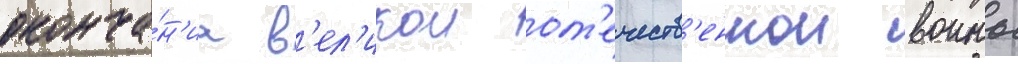
оконча́н'иа в'ел'икои от'ечеств'еннои воины